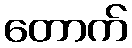
တောက်